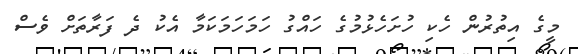
މީގެ އިތުރުން ހެކި ހުށަހެޅުމުގެ ހައްގު ހަމަހަމަކަމާ އެކު ދެ ފަރާތަށް ވެސް